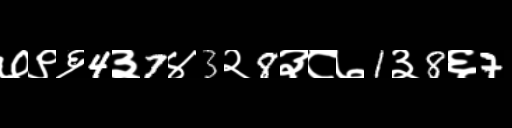
Text: ७९६4३7४3२8३८७1३8६7